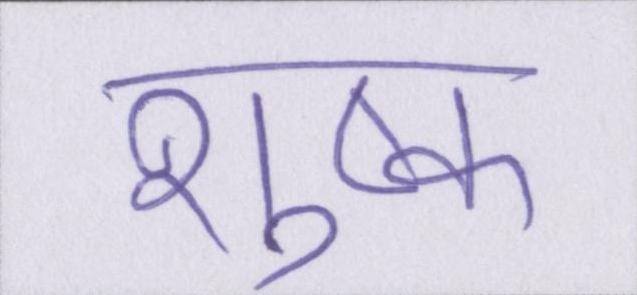
शुष्क